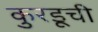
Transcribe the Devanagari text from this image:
कुरडूची